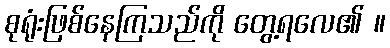
စုရုံးဖြစ်နေကြသည်ကို တွေ့ရလေ၏ ။